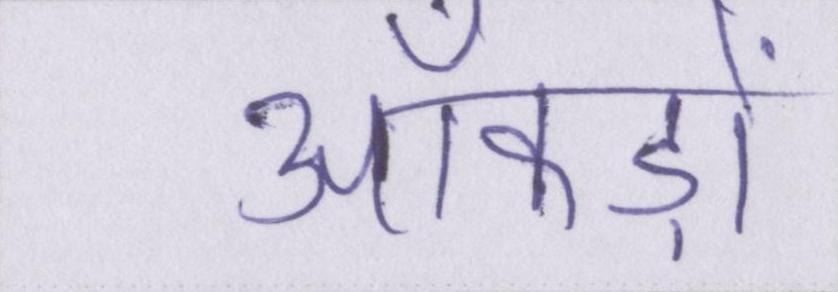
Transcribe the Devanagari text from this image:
आँकड़ों